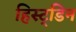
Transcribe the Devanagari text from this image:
हिस्ट्डिन